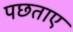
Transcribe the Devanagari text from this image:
पछताए